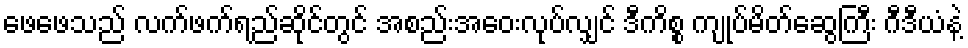
ဖေဖေသည် လက်ဖက်ရည်ဆိုင်တွင် အစည်းအဝေးလုပ်လျှင် ဒီကိစ္စ ကျုပ်မိတ်ဆွေကြီး ဂီဒီယံနဲ့